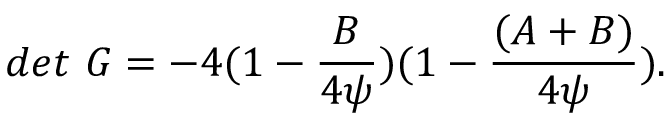
d e t \ G = - 4 ( 1 - { \frac { B } { 4 \psi } } ) ( 1 - { \frac { ( A + B ) } { 4 \psi } } ) .